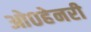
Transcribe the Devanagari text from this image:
ओ०हेनरी